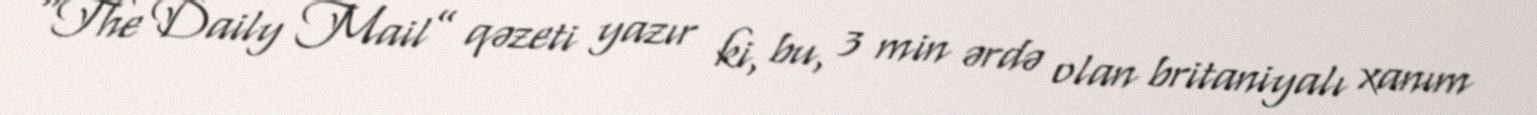
“The Daily Mail” qəzeti yazır ki, bu, 3 min ərdə olan britaniyalı xanım